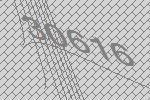
30616